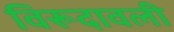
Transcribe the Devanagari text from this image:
विरूदावली